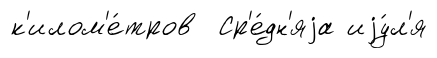
к'илом'е́тров Ср'е́дн'яjа иjу́л'я